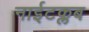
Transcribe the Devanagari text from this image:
नाईटक्लब